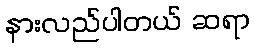
နားလည်ပါတယ် ဆရာ